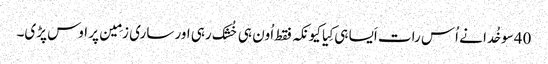
40سو خُدا نے اُس رات اَیسا ہی کِیا کیونکہ فقط اُون ہی خُشک رہی اور ساری زمِین پر اوس پڑی۔